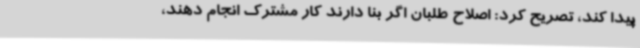
پیدا کند، تصریح کرد: اصلاح طلبان اگر بنا دارند کار مشترک انجام دهند،